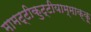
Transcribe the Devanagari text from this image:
मामट्टीकुट्टीयाम्माक्कू